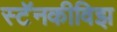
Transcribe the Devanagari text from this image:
स्टॅनकीविझ